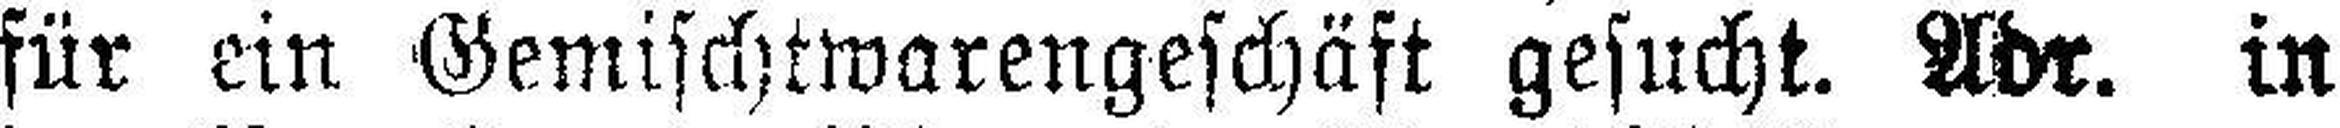
für ein Gemischtwarengeschäft gesucht. Adr. in